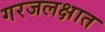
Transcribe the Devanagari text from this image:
गरजलक्षात